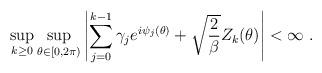
LaTeX: \begin{align*} \sup_{k \geq 0} \sup_{\theta \in [0,2\pi)} \left| \sum_{j=0}^{k-1} \gamma_j e^{i\psi_j(\theta)} + \sqrt{\frac{2}{\beta}} Z_k(\theta) \right| < \infty \ .\end{align*}